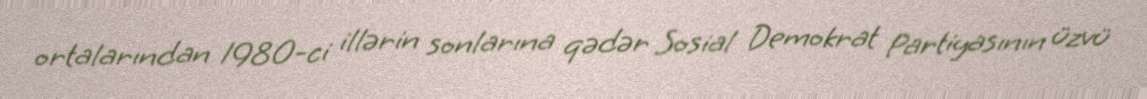
ortalarından 1980-ci illərin sonlarına qədər Sosial Demokrat Partiyasının üzvü